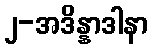
၂-အဒိန္နာဒါနာ